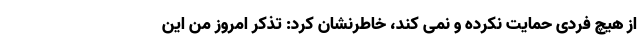
از هیچ فردی حمایت نکرده و نمی کند، خاطرنشان کرد: تذکر امروز من این